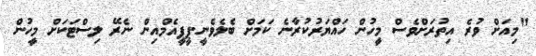
"މިއަށް ވުރެ އިތުރަށްވެސް މީހުން ހައްޔަރުކުރާނެ ކަމަށް ބެލެވެނީ.ޕީޕީއެމްއިން ނެރޭ ލިސްޓަކަށް މީހުން